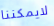
لايمكننا